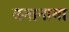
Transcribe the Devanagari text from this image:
क्नानाया